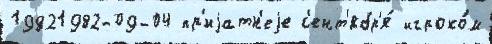
19821982-09-04 пр'иjатн'еjе с'ент'ябр'я́ игроко́м